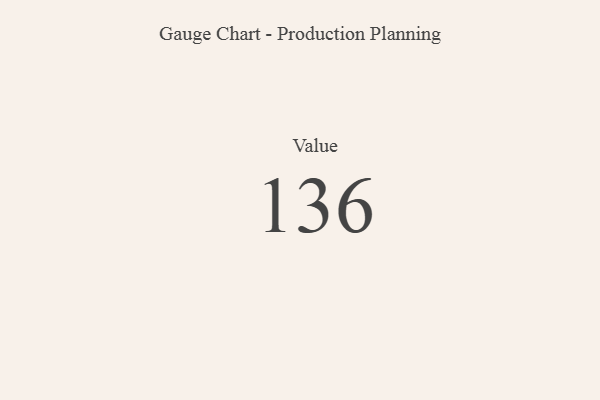
{"axis": {"x": "Metric", "y": "Value"}, "legend": [""], "data": [{"x": "Value", "y": 136, "type": ""}]}